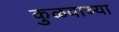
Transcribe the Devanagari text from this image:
कुळवाच्या